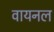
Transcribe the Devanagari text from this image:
वायनल